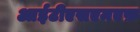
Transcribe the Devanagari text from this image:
आईटीएसएमएफ़